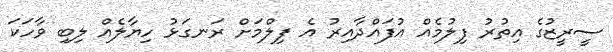
ސީރީޒުގެ އިތުރު ފިލުމެއް އުފައްދާއިރު އެ ފިލްމަށް ރަނގަޅު ހިޔާލެއް ލިބި ވާހަކަ